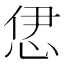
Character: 𢙠